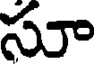
సూ